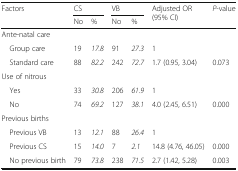
| <ROWSPAN=2> Factors | <COLSPAN=2> CS | <COLSPAN=2> VB | <ROWSPAN=2> Adjusted OR (95% CI) | <ROWSPAN=2> P-value |
 | No | % | No | % |
 | --- | --- | --- | --- | --- | --- | --- |
 | <COLSPAN=7> Ante-natal care |
 | Group care | 19 | 17.8 | 91 | 27.3 | 1 |  |
 | Standard care | 88 | 82.2 | 242 | 72.7 | 1.7 (0.95, 3.04) | 0.073 |
 | <COLSPAN=7> Use of nitrous |
 | Yes | 33 | 30.8 | 206 | 61.9 | 1 |  |
 | No | 74 | 69.2 | 127 | 38.1 | 4.0 (2.45, 6.51) | 0.000 |
 | <COLSPAN=7> Previous births |
 | Previous VB | 13 | 12.1 | 88 | 26.4 | 1 |  |
 | Previous CS | 15 | 14.0 | 7 | 2.1 | 14.8 (4.76, 46.05) | 0.000 |
 | No previous birth | 79 | 73.8 | 238 | 71.5 | 2.7 (1.42, 5.28) | 0.003 |